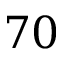
7 0